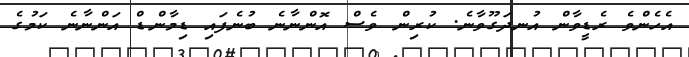
އެހެންވެ ރެޑީވާން އުނދަގޫވާނެ. ކުރިން ވެސް އޮންނާނެ ބުނެފައި ޑިމާންޑް އަންނާނެ ކަމުގެ